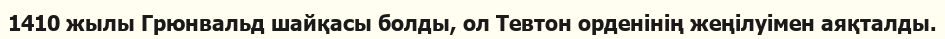
1410 жылы Грюнвальд шайқасы болды, ол Тевтон орденінің жеңілуімен аяқталды.